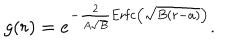
g ( r ) = e ^ { - { \frac { 2 } { A \sqrt B } } \mathrm { E r f c } \left( \sqrt { B ( r - a ) } \right) } .